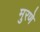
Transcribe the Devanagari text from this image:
मुरणे